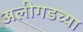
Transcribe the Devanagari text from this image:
अलीगडच्या